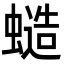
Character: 䗢